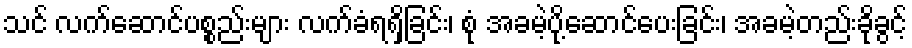
သင် လက်ဆောင်ပစ္စည်းများ လက်ခံရရှိခြင်း၊ စုံ အခမဲ့ပို့ဆောင်ပေးခြင်း၊ အခမဲ့တည်းခိုခွင့်